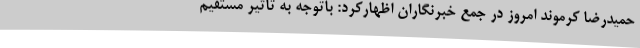
حمیدرضا کرموند امروز در جمع خبرنگاران اظهارکرد: باتوجه به تاثیر مستقیم